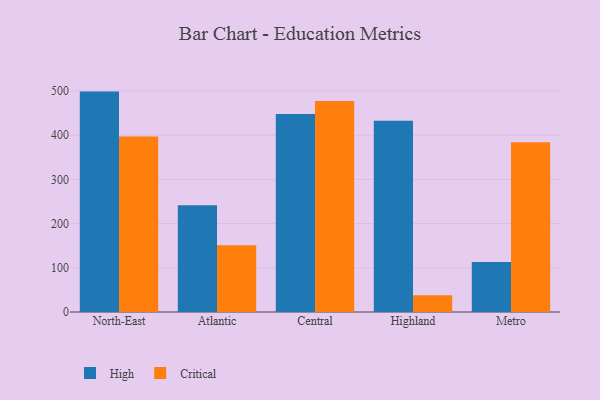
{"axis": {"x": "Region", "y": "Latency (ms)"}, "legend": ["Critical", "High"], "data": [{"x": "North-East", "y": 498.5, "type": "High"}, {"x": "North-East", "y": 396.9, "type": "Critical"}, {"x": "Atlantic", "y": 241.7, "type": "High"}, {"x": "Atlantic", "y": 150.7, "type": "Critical"}, {"x": "Central", "y": 448.1, "type": "High"}, {"x": "Central", "y": 477.3, "type": "Critical"}, {"x": "Highland", "y": 432.3, "type": "High"}, {"x": "Highland", "y": 37.8, "type": "Critical"}, {"x": "Metro", "y": 112.9, "type": "High"}, {"x": "Metro", "y": 384.2, "type": "Critical"}]}